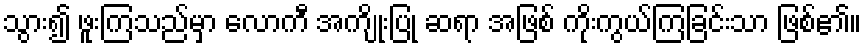
သွား၍ ဖူးကြသည်မှာ လောကီ အကျိုးပြု ဆရာ အဖြစ် ကိုးကွယ်ကြခြင်းသာ ဖြစ်၏။